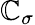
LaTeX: \mathbb{C}_{\sigma}